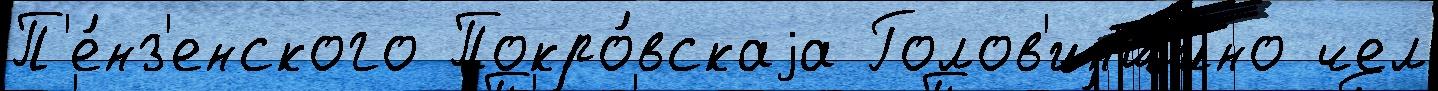
П'е́нз'енского Покро́вскаjа Голов'инщино чел